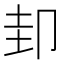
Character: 𭅶